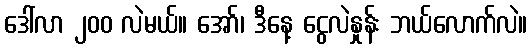
ဒေါ်လာ ၂၀၀ လဲမယ်။ အော်၊ ဒီနေ့ ငွေလဲနှုန်း ဘယ်လောက်လဲ။